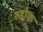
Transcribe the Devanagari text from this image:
रुडोक